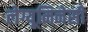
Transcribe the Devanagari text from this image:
लेग्यूमिनेसी